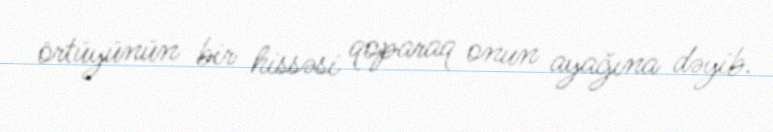
örtüyünün bir hissəsi qoparaq onun ayağına dəyib.